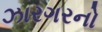
ઝારગરનો